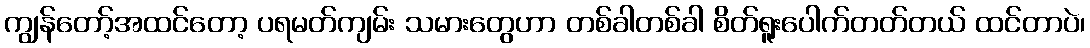
ကျွန်တော့်အထင်တော့ ပရမတ်ကျမ်း သမားတွေဟာ တစ်ခါတစ်ခါ စိတ်ရူးပေါက်တတ်တယ် ထင်တာပဲ၊